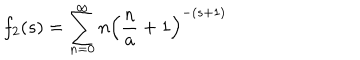
f _ { 2 } ( s ) = \sum _ { n = 0 } ^ { \infty } n \left( \frac { n } { a } + 1 \right) ^ { - ( s + 1 ) }